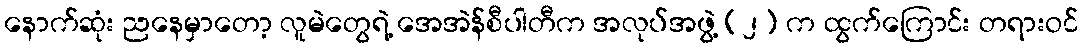
နောက်ဆုံး ညနေမှာတော့ လူမဲတွေရဲ့ အေအဲန်စီပါတီက အလုပ်အဖွဲ့ (၂) က ထွက်ကြောင်း တရားဝင်